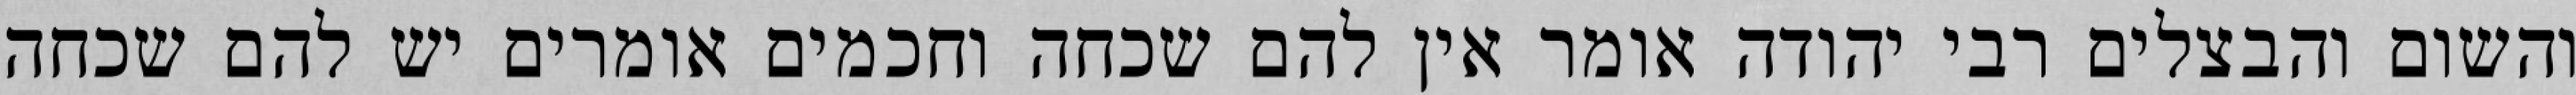
והשום והבצלים רבי יהודה אומר אין להם שכחה וחכמים אומרים יש להם שכחה